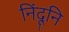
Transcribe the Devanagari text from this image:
निंदूनि